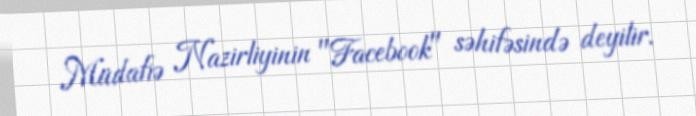
Müdafiə Nazirliyinin "Facebook" səhifəsində deyilir.